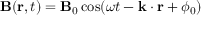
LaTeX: \mathbf { B } ( \mathbf { r } , t ) = \mathbf { B } _ { 0 } \cos ( \omega t - \mathbf { k } \cdot \mathbf { r } + \phi _ { 0 } )